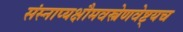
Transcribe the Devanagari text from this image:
संस्नाप्यक्षौमवस्त्रेणवेष्ट्यच